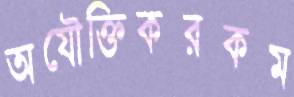
অযৌক্তিকরকম